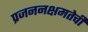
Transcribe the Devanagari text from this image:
प्रजननक्षमतेची